Report of the King Institute of Preventive Medicine, Guindy
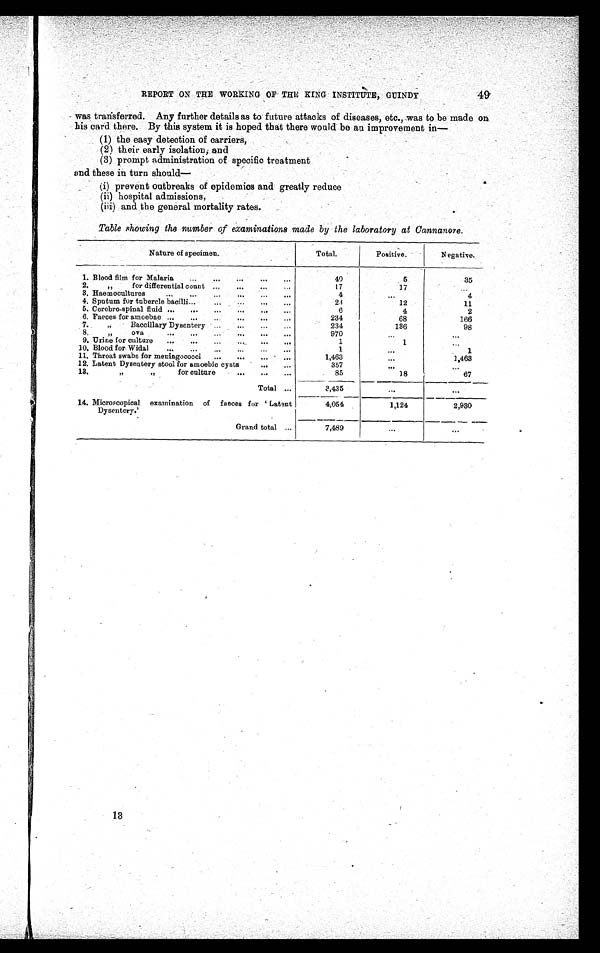
49
REPORT ON THE WORKING OF THE KING INSTITUTE, GUINDY
was transferred. Any further details as to future attacks of diseases, etc., was to be made on
his card there. By this system it is hoped that there would be an improvement in
—
(1) the easy detection of carriers,
(2) their early isolation; and
(3) prompt administration of specific treatment
and these in turn should
—
(i) prevent outbreaks of epidemics and greatly reduce
(ii) hospital admissions,
(iii) and the general mortality rates.
Table showing the number of examinations made by the laboratory at Cannanore.
Nature of specimen.
Total.
Positive.
Negative.
1. Blood film for Malaria
...
...
...
...
40
5
35
2. " for differential count ... ... ... ...
17
17
...
3. Haemocultures
4
. . .
4
4. Sputum for tubercle bacilli ...
...
23
12
11
5. Cerebro-spinal fluid ...
...
...
...
6
4
2
6. Faeces for amoebae ... ... ... ... ...
234
68
166
7.
"
Baccillary Dysentery ...
...
...
...
234
136
98
8. " ova
...
...
...
...
970
. . . ...
9. Urine for culture ...
1
1
. . .
10. Blood for Widal ... ... ... ... ... ...
1
. . .
1
11. Throat swabs for meningococci
...
...
...
...
1,463
...
1,463
12. Latent Dysentery stool for amoebic cysts . ... ...
357
. . .
. . .
13.
"
"
for culture
...
...
...
85
8 5
1 8 67
Total ...
3 , 4 3 5
. . .
. . .
14. Microscopical examination of faeces for ' Latent
Dysentery.'
4,054
1,124
2,930
Grand total ...
7,489
...
...
13